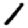
Digit: 1